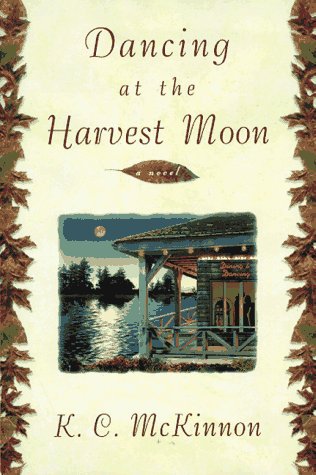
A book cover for Dancing at the Harvest Moon; K.C. McKinnon; Literature & Fiction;